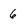
Character: 6